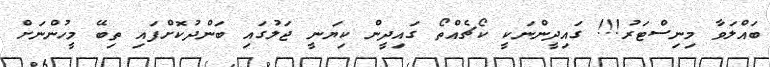
ބައްލަވާ މިނިސްޓަރު!!! ގައިދީންނަކީ ކޯޗެއްތޯ ގައިދީން ކިޔަނީ ޖަލުގައި ބަންދުކޮށްފައި ތިބޭ މީހުންނަށް